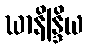
ဃာနိန္ဒြိယ